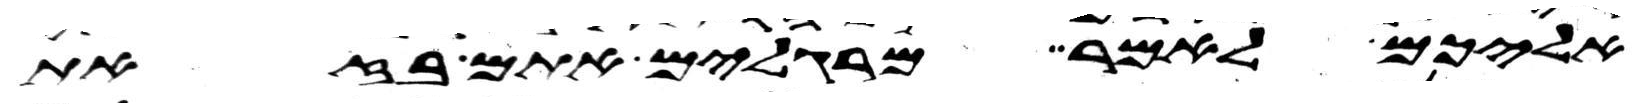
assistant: אליכם לאמר מרגלים אתם בזאת